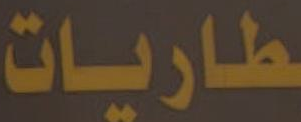
طاريات